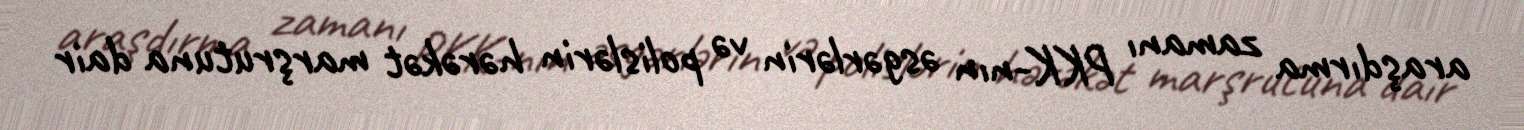
araşdırma zamanı PKK-nın əsgərlərin və polislərin hərəkət marşrutuna dair